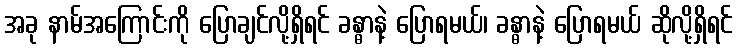
အခု နာမ်အကြောင်းကို ပြောချင်လို့ရှိရင် ခန္ဓာနဲ့ ပြောရမယ်၊ ခန္ဓာနဲ့ ပြောရမယ် ဆိုလို့ရှိရင်